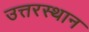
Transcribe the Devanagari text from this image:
उत्तरस्थान